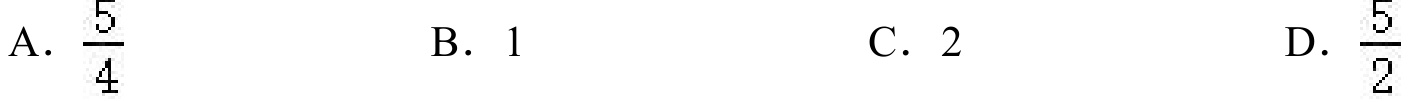
A. $\frac{5}{4}$  B. 1  C. 2  D. $\frac{5}{2}$